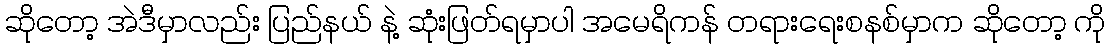
ဆိုတော့ အဲဒီမှာလည်း ပြည်နယ် နဲ့ ဆုံးဖြတ်ရမှာပါ အမေရိကန် တရားရေးစနစ်မှာက ဆိုတော့ ကို